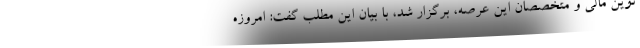
نوین مالی و متخصصان این عرصه، برگزار شد، با بیان این مطلب گفت: امروزه